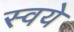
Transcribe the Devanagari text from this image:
स्वये